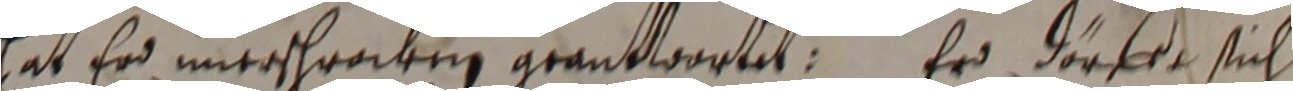
hat er unerschrocken geantwortet. Er dorff sich